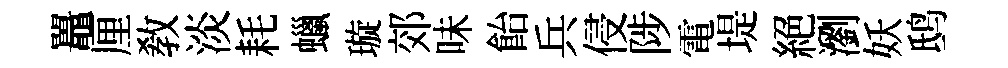
鼉厘敎淡耗蠟璇郊味飴兵侵陟電堤絕瀏妖鸱